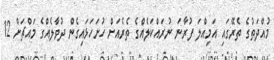
މުއްދަތުގެ ތެރޭގައި އަމިއްލަ ފުރާނަ ނުރައްކަލެއްގެ ތެރެއަށް ހުށަހަޅައިގެން ދުވާލެއްގެ މައްޗަށް 12